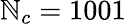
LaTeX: \mathbb{N}_{c}=1001